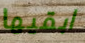
ابقيها